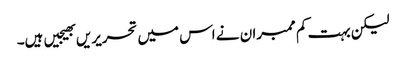
لیکن بہت کم ممبران نے اس میں تحریریں بھیجیں ہیں۔